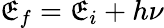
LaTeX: \mathfrak{E}_{f}=\mathfrak{E}_{i}+h\nu